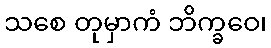
သစေ တုမှာကံ ဘိက္ခဝေ၊